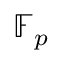
\mathbb { F } _ { p }